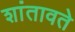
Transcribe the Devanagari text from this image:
शांतावते